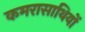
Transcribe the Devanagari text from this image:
कमरासाथियों